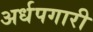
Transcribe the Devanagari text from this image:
अर्धपगारी